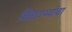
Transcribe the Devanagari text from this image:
विद्यार्थ्याचा